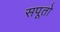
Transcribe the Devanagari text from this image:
सपूतो